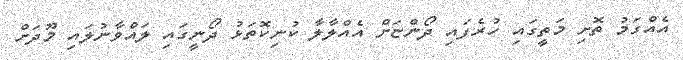
އެއްގަމު ތޮށި މަތީގައި ހުރެފައި ދޯންޏަށް އެއްލާލާ ކުނިކޮތަޅު ދޯނީގައި ލައްވާނުލައި މޫދަށް